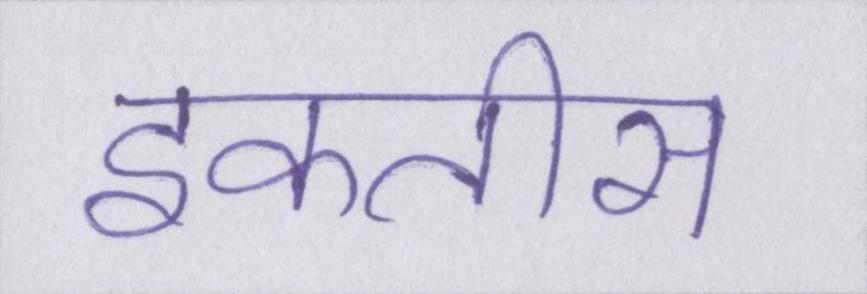
इकतीस